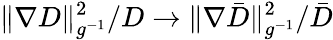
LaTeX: {\| \nabla{D}\| _{g^{-1}}^{2}}/{D}\to{\| \nabla{\bar{D}}\| _{g^{-1}}^{2}}/{\bar{D}}